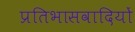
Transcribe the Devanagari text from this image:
प्रतिभासवादियों